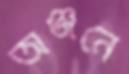
অঞ্জনে